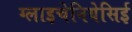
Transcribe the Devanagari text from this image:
ग्लाइचेनियेसिई